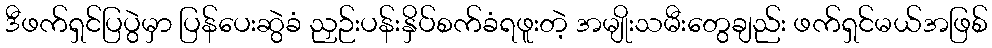
ဒီဖက်ရှင်ပြပွဲမှာ ပြန်ပေးဆွဲခံ ညှဉ်းပန်းနှိပ်စက်ခံရဖူးတဲ့ အမျိုးသမီးတွေချည်း ဖက်ရှင်မယ်အဖြစ်